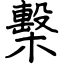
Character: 檕